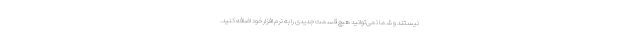
نیستند و شما نمی‌توانید هیچ قسمت جدیدی را به نرم افزار خود اضافه کنید.